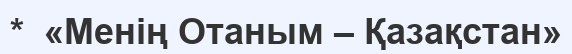
*  «Менің Отаным – Қазақстан»